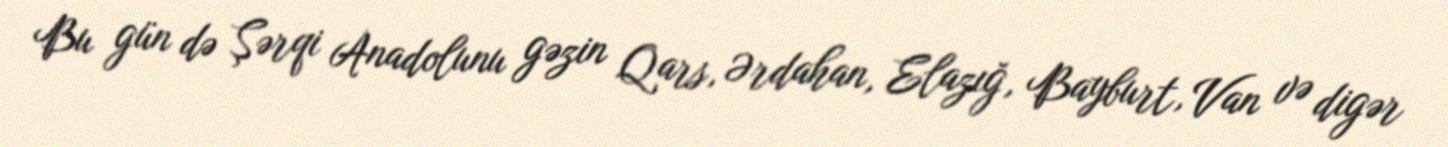
Bu gün də Şərqi Anadolunu gəzin Qars, Ərdahan, Elazığ, Bayburt, Van və digər